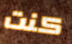
كنت